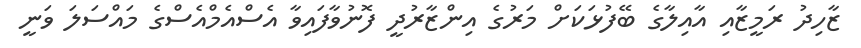
ޒާހިދު ރަމީޒާއި އާއިލާގެ ބޭފުޅަކަށް މަރުގެ އިންޒާރުދީ ފޮނުވާފައިވާ އެސްއެމްއެސްގެ މައްސަލަ ވަނީ